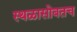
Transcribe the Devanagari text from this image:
स्थळासोबतच